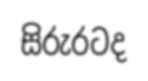
සිරුරටද